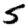
Digit: 5